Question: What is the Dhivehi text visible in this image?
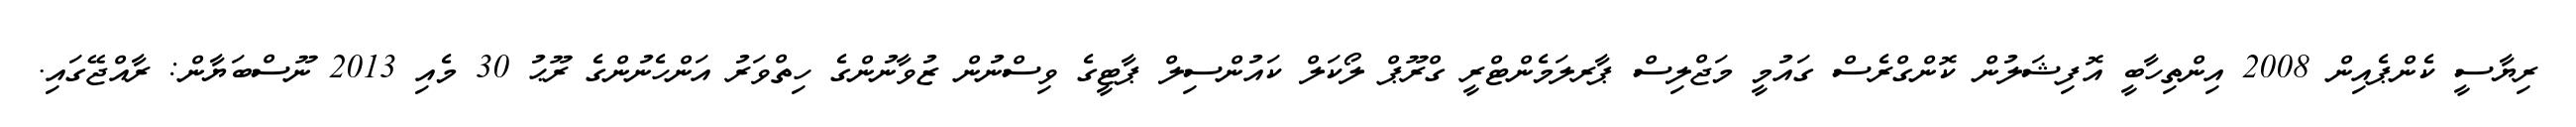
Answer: ރިޔާސީ ކެންޕެއިން 2008 އިންތިހާބީ އޮފިޝަލުން ކޮންގްރެސް ގައުމީ މަޖްލިސް ޕާރލަމެންޓްރީ ގްރޫޕް ލޯކަލް ކައުންސިލް ޕާޓީގެ ވިސްނުން ޒުވާނުންގެ ހިތްވަރު އަންހެނުންގެ ރޫޙު 30 މެއި 2013 ނޫސްބަޔާން: ރާއްޖޭގައި.